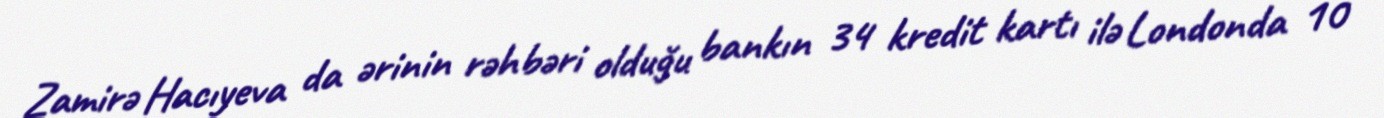
Zamirə Hacıyeva da ərinin rəhbəri olduğu bankın 34 kredit kartı ilə Londonda 10